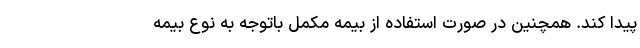
پیدا کند. همچنین در صورت استفاده از بیمه مکمل باتوجه به نوع بیمه